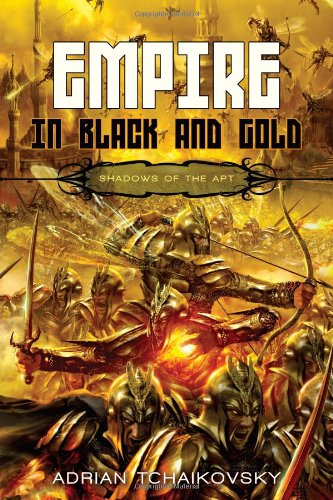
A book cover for Empire in Black and Gold (Shadows of the Apt 1); Adrian Tchaikovsky; Science Fiction & Fantasy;